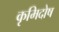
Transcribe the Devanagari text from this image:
कृमिदोष